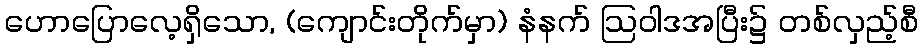
ဟောပြောလေ့ရှိသော, (ကျောင်းတိုက်မှာ) နံနက် ဩဝါဒအပြီး၌ တစ်လှည့်စီ